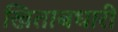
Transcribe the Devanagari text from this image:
खिताबधारी